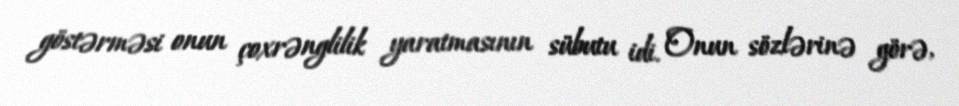
göstərməsi onun çoxrənglilik yaratmasının sübutu idi. Onun sözlərinə görə,